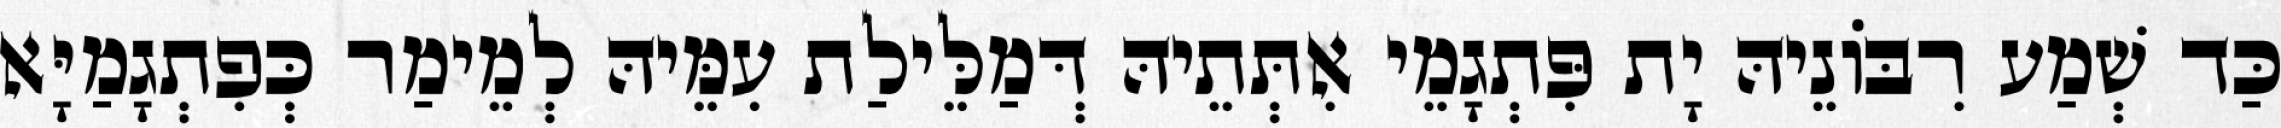
כַּד שְׁמַע רִבּוֹנֵיהּ יָת פִּתְגָמֵי אִתְּתֵיהּ דְּמַלֵּילַת עִמֵּיהּ לְמֵימַר כְּפִתְגָמַיָּא